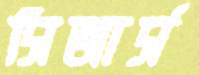
সিজার্স